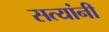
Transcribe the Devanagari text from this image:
सत्यांनी